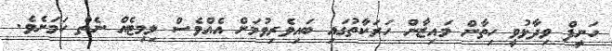
ހަނީފް ވިދާޅުވީ ހިތާން މައިޒާން ހަރަކާތުގައި ބައިވެރިވުމަށް އެއްވެސް ލިމިޓެއް ނެތް ކަމަށެވެ.